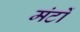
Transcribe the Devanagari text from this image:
मंटों